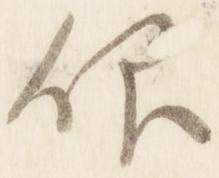
仰